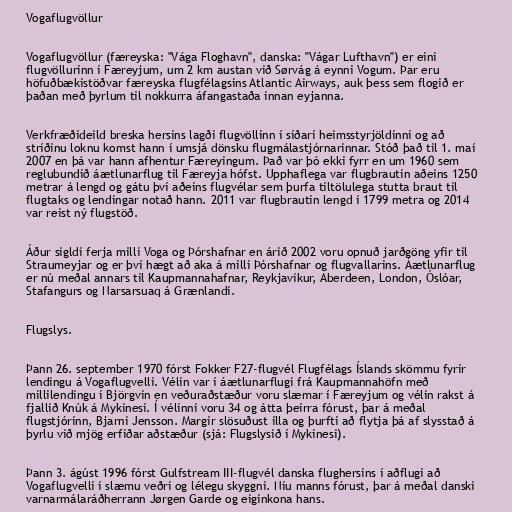
Vogaflugvöllur

Vogaflugvöllur (færeyska: "Vága Floghavn", danska: "Vágar Lufthavn") er eini
flugvöllurinn í Færeyjum, um 2 km austan við Sørvág á eynni Vogum. Þar eru
höfuðbækistöðvar færeyska flugfélagsins Atlantic Airways, auk þess sem flogið er
þaðan með þyrlum til nokkurra áfangastaða innan eyjanna.

Verkfræðideild breska hersins lagði flugvöllinn í síðari heimsstyrjöldinni og að
stríðinu loknu komst hann í umsjá dönsku flugmálastjórnarinnar. Stóð það til 1. maí
2007 en þá var hann afhentur Færeyingum. Það var þó ekki fyrr en um 1960 sem
reglubundið áætlunarflug til Færeyja hófst. Upphaflega var flugbrautin aðeins 1250
metrar á lengd og gátu því aðeins flugvélar sem þurfa tiltölulega stutta braut til
flugtaks og lendingar notað hann. 2011 var flugbrautin lengd í 1799 metra og 2014
var reist ný flugstöð.

Áður sigldi ferja milli Voga og Þórshafnar en árið 2002 voru opnuð jarðgöng yfir til
Straumeyjar og er því hægt að aka á milli Þórshafnar og flugvallarins. Áætlunarflug
er nú meðal annars til Kaupmannahafnar, Reykjavíkur, Aberdeen, London, Óslóar,
Stafangurs og Narsarsuaq á Grænlandi.

Flugslys.

Þann 26. september 1970 fórst Fokker F27-flugvél Flugfélags Íslands skömmu fyrir
lendingu á Vogaflugvelli. Vélin var í áætlunarflugi frá Kaupmannahöfn með
millilendingu í Björgvin en veðuraðstæður voru slæmar í Færeyjum og vélin rakst á
fjallið Knúk á Mykinesi. Í vélinni voru 34 og átta þeirra fórust, þar á meðal
flugstjórinn, Bjarni Jensson. Margir slösuðust illa og þurfti að flytja þá af slysstað á
þyrlu við mjög erfiðar aðstæður (sjá: Flugslysið í Mykinesi).

Þann 3. ágúst 1996 fórst Gulfstream III-flugvél danska flughersins í aðflugi að
Vogaflugvelli í slæmu veðri og lélegu skyggni. Níu manns fórust, þar á meðal danski
varnarmálaráðherrann Jørgen Garde og eiginkona hans.